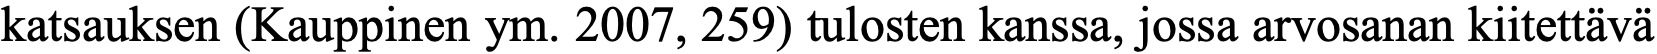
katsauksen (Kauppinen ym. 2007, 259) tulosten kanssa, jossa arvosanan kiitettävä